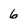
Character: 6